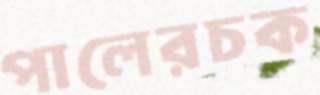
পালেরচক